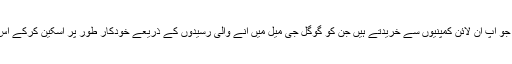
اس میں وہ سب ڈیٹا محفوظ ہوتا ہے جو آپ آن لائن کمپنیوں سے خریدتے ہیں جن کو گوگل جی میل میں آنے والی رسیدوں کے ذریعے خودکار طور پر اسکین کرکے اس سیٹنگ پیج میں محفوظ کردیتا ہے۔